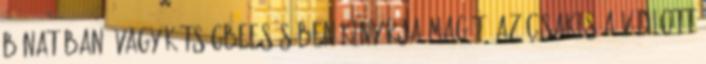
bánatában, vagy kétségbeesésében kinyírja magát, az csakis a vádlott